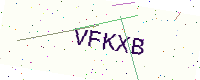
Text: VFKXB